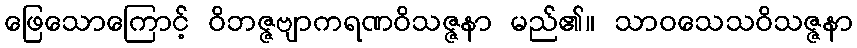
ဖြေသောကြောင့် ဝိဘဇ္ဇဗျာကရဏဝိသဇ္ဇနာ မည်၏။ သာဝသေသဝိသဇ္ဇနာ